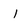
Character: 1